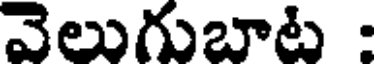
వెలుగుబాట :